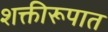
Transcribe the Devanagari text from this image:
शक्तीरूपात